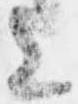
上